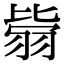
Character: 𦐳